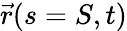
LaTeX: {\vec{r}}(s=S,t)